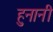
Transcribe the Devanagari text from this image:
हुनानी